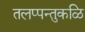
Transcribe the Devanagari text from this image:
तलप्पन्तुकळि